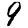
Digit: 9